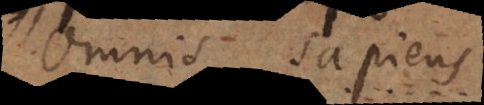
Omnis sapiens